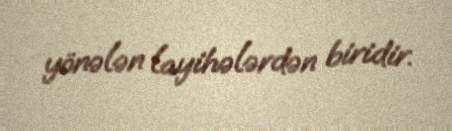
yönələn layihələrdən biridir.